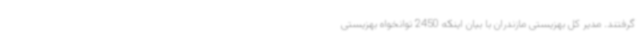
گرفتند. مدیر کل بهزیستی مازندران با بیان اینکه 2450 توانخواه بهزیستی